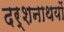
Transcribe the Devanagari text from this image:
दर्शनाथयों